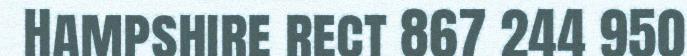
Hampshire rect 867 244 950